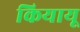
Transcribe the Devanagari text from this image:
कियायू